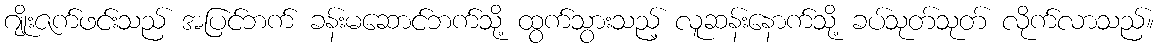
ဂျိုးဇက်ဖင်းသည် အပြင်ဘက် ခန်းမဆောင်ဘက်သို့ ထွက်သွားသည့် လူဆန်းနောက်သို့ ခပ်သုတ်သုတ် လိုက်လာသည်။